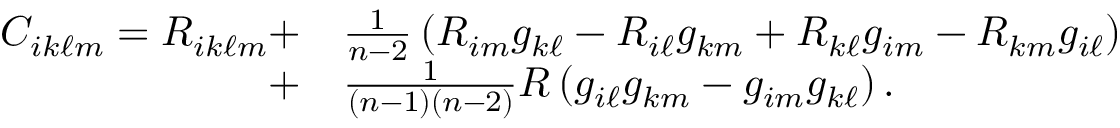
{ \begin{array} { r l } { C _ { i k \ell m } = R _ { i k \ell m } + } & { { \frac { 1 } { n - 2 } } \left( R _ { i m } g _ { k \ell } - R _ { i \ell } g _ { k m } + R _ { k \ell } g _ { i m } - R _ { k m } g _ { i \ell } \right) } \\ { + } & { { \frac { 1 } { ( n - 1 ) ( n - 2 ) } } R \left( g _ { i \ell } g _ { k m } - g _ { i m } g _ { k \ell } \right) . \ } \end{array} }